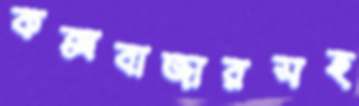
কক্সবাজারসহ